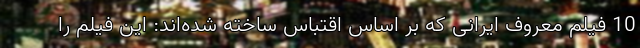
10 فیلم معروف ایرانی که بر اساس اقتباس ساخته شده‌اند: این فیلم را